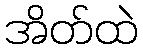
အိတ်ထဲ